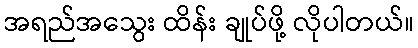
အရည်အသွေး ထိန်း ချုပ်ဖို့ လိုပါတယ်။